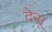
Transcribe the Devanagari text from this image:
देसू